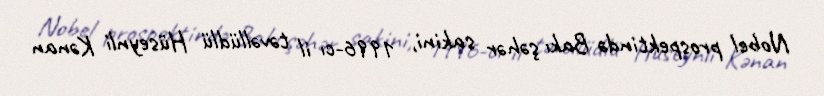
Nobel prospektində Bakı şəhər sakini, 1996-cı il təvəllüdlü Hüseynli Kənan